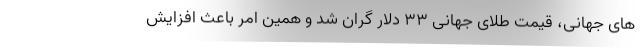
های جهانی، قیمت طلای جهانی 33 دلار گران شد و همین امر باعث افزایش